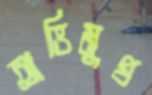
অভিমুখ